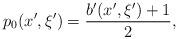
LaTeX: \begin{align*} p_0(x^\prime, \xi^\prime)= \frac{b^\prime(x^\prime, \xi^\prime)+1}{2}, \end{align*}